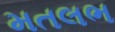
મતલભ